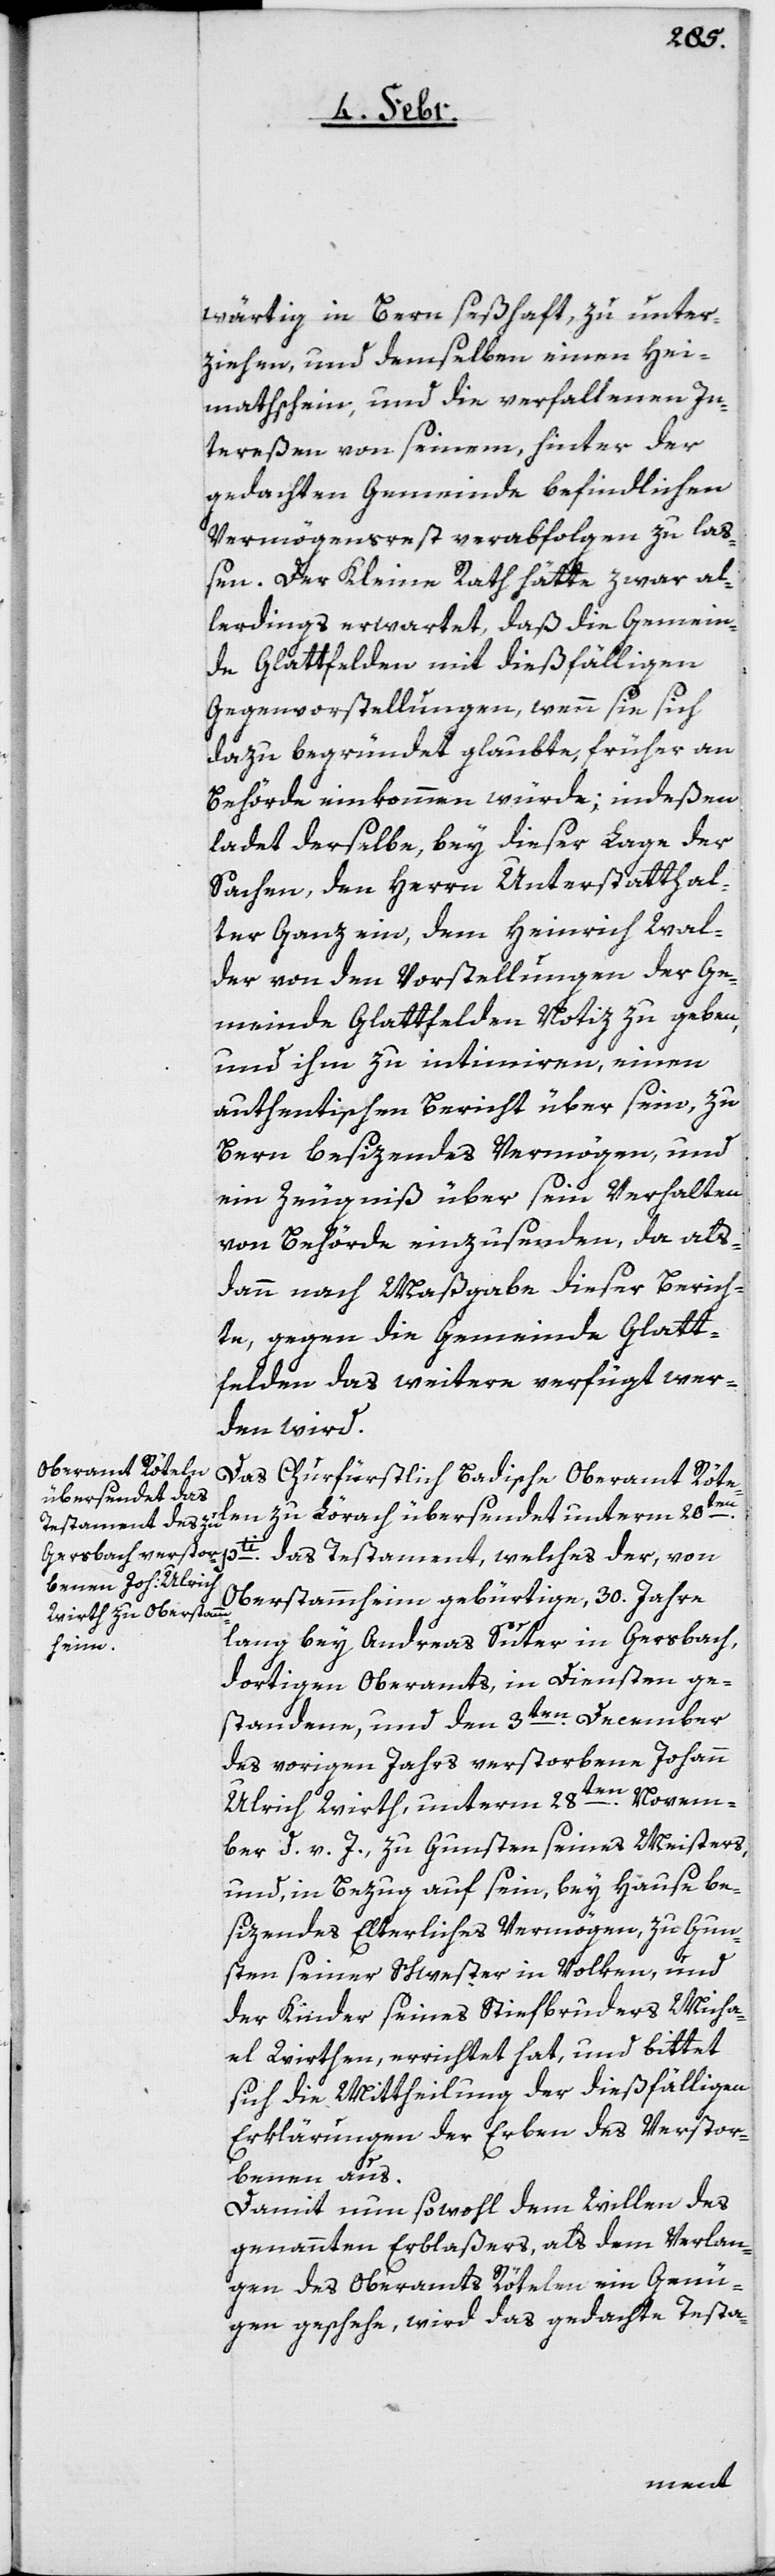
wärtig in Bern seßhaft, zu unter¬
ziehen, und demselben einen Hei¬
mathschein, und die verfaltenen In¬
tereßen von seinem, hinter der
gedachten Gemeinde befindlichen
Vermögensrest verabfolgen zu la¬
ßen. Der Kleine Rath hätte zwar al¬
lerdings erwartet, daß die Gemein¬
de Glattfelden mit dießfälligen
Gegenvorstellungen, wenn sie sich
dazu begründet glaubte, früher an
Behörde einkommen würde; indeßen
ladet derselbe, bey dieser Lage der
Sachen, den Herrn Unterstatthal¬
ter Ganz ein, dem Heinrich Wal¬
der von den Vorstellungen der Ge¬
meinde Glattfelden Notiz zu geben,
und ihm zu intimiren, einen
authentischen Bericht über sein, zu
Bern besizendes Vermögen, und
ein Zeugniß über sein Verhalten
von Behörde einzusenden, da als¬
dann nach Maßgabe dieser Berich¬
te, gegen die Gemeinde Glatt¬
felden das weitere verfügt wer¬
den wird.
Das Churfürstlich Badische Oberamt Röte¬
len zu Lörach übersendet unterm 20ten.
pti. das Testament, welches der, von
Oberstammheim gebürtige, 30. Jahre
lang bey Andreas Suter in Gersbach,
dortigen Oberamts, in Diensten ge¬
standene, und den 3ten. December
des vorigen Jahrs verstorbene Johann
Ulrich Wirth, unterm 28ten. Novem¬
ber d. v. J. zu Gunsten seines Meisters,
und in Bezug auf sein, bey Hause be¬
sizendes Elterliches Vermögen, zu Gun¬
sten seiner Schwester in Volken, und
der Kinder seines Stiefbruders Micha¬
el Wirthen, errichtet hat, und bittet
sich die Mittheilung der dießfälligen
Erklärungen der Erben des Verstor¬
benen aus.
Damit nun sowohl dem Willen des
genannten Erblaßers, als dem Verlan¬
gen des Oberamts Rötelen ein Genü¬
gen geschehe, wird das gedachte Testa-